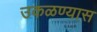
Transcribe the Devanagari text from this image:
उकळण्यास